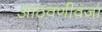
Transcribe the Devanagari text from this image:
आठवणीवजा